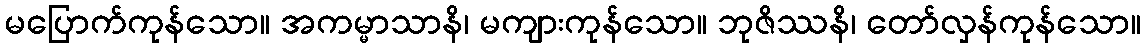
မပြောက်ကုန်သော။ အကမ္မာသာနိ၊ မကျားကုန်သော။ ဘုဇိဿနိ၊ တော်လှန်ကုန်သော။